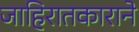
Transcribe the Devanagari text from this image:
जाहिरातकाराने